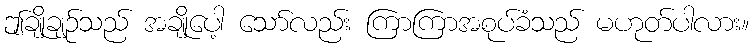
ဤချိုချဉ်သည် အချိုပေါ့ သော်လည်း ကြာကြာအစုပ်ခံသည် မဟုတ်ပါလား။